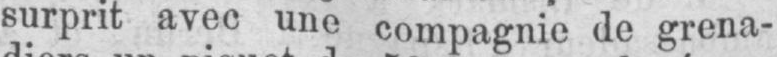
surprit avec une compagnie de grena-